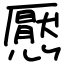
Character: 懕